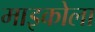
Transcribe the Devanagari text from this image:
माइकोला